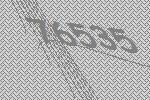
76535